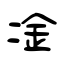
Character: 凎